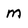
Character: m